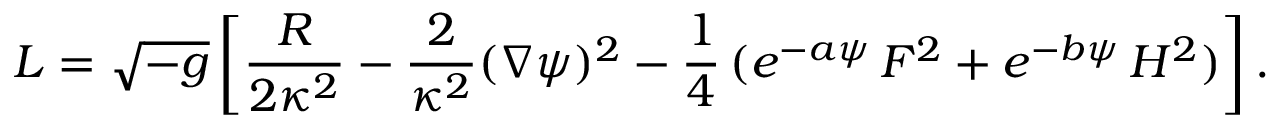
L = { \sqrt { - g } } \left[ { \frac { R } { 2 \kappa ^ { 2 } } } - { \frac { 2 } { \kappa ^ { 2 } } } ( \nabla \psi ) ^ { 2 } - { \frac { 1 } { 4 } } \, ( e ^ { - a \psi } \, F ^ { 2 } + e ^ { - b \psi } \, H ^ { 2 } ) \right] .